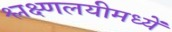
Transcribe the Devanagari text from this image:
श्लक्ष्णलयीमध्यें